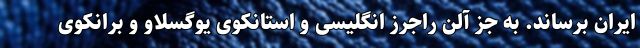
ایران برساند. به جز آلن راجرز انگلیسی و استانکوی یوگسلاو و برانکوی